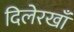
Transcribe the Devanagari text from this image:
दिलेरखाँ